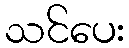
သင်ပေး